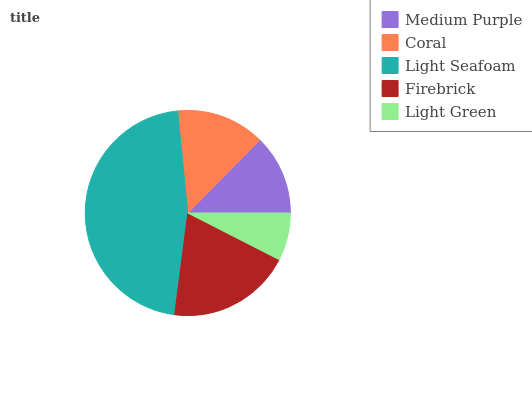
| Medium Purple | Coral | Light Seafoam | Firebrick | Light Green |
 | --- | --- | --- | --- | --- |
 | 12.6% | 14% | 46.3% | 19.6% | 7.51% |